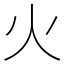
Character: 火